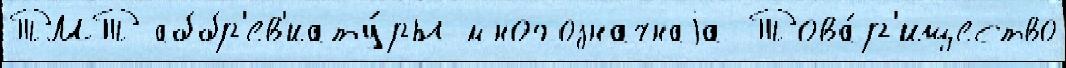
ТМТ аббр'ев'иату́ры многозначнаjа Това́р'ищество